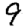
Digit: 9